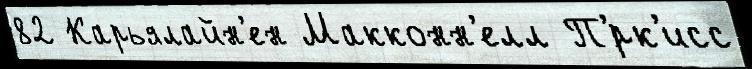
82 Карьялайн'ен Макконн'елл П'́рк'исс